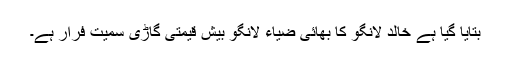
بتایا گیا ہے خالد لانگو کا بھائی ضیاء لانگو بیش قیمتی گاڑی سمیت فرار ہے۔